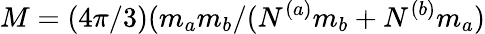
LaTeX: M=(4\pi/3)(m_{a}m_{b}/(N^{(a)}m_{b}+N^{(b)}m_{a})